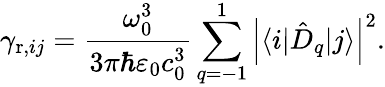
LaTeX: \gamma_{\mathrm{r},ij}=\frac{\omega_{0}^{3}}{3\pi\hbar\varepsilon_{0}c_{0}^{3}}\sum_{q=-1}^{1}\left|\langle i|\hat{D}_{q}|j\rangle\right|^{2}.